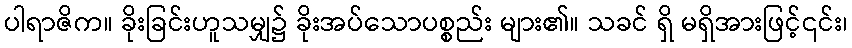
ပါရာဇိက။ ခိုးခြင်းဟူသမျှ၌ ခိုးအပ်သောပစ္စည်း များ၏။ သခင် ရှိ မရှိအားဖြင့်၎င်း၊